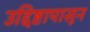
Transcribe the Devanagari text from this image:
उद्दिष्टापासून